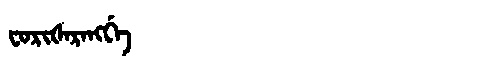
Manchu: ᠸᠣᡵᡳᡧᠠᡵᠠᠩᡤᡝ
Romanization: FORIŠARANGGE